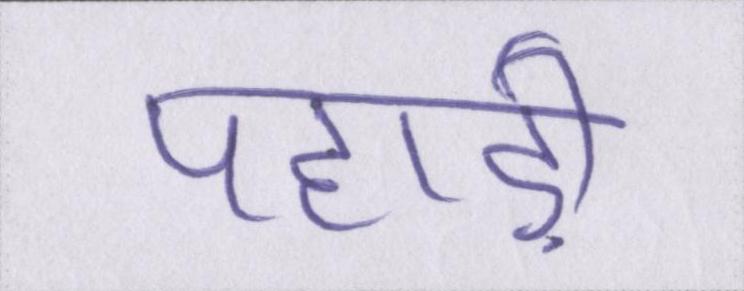
पहाड़ी